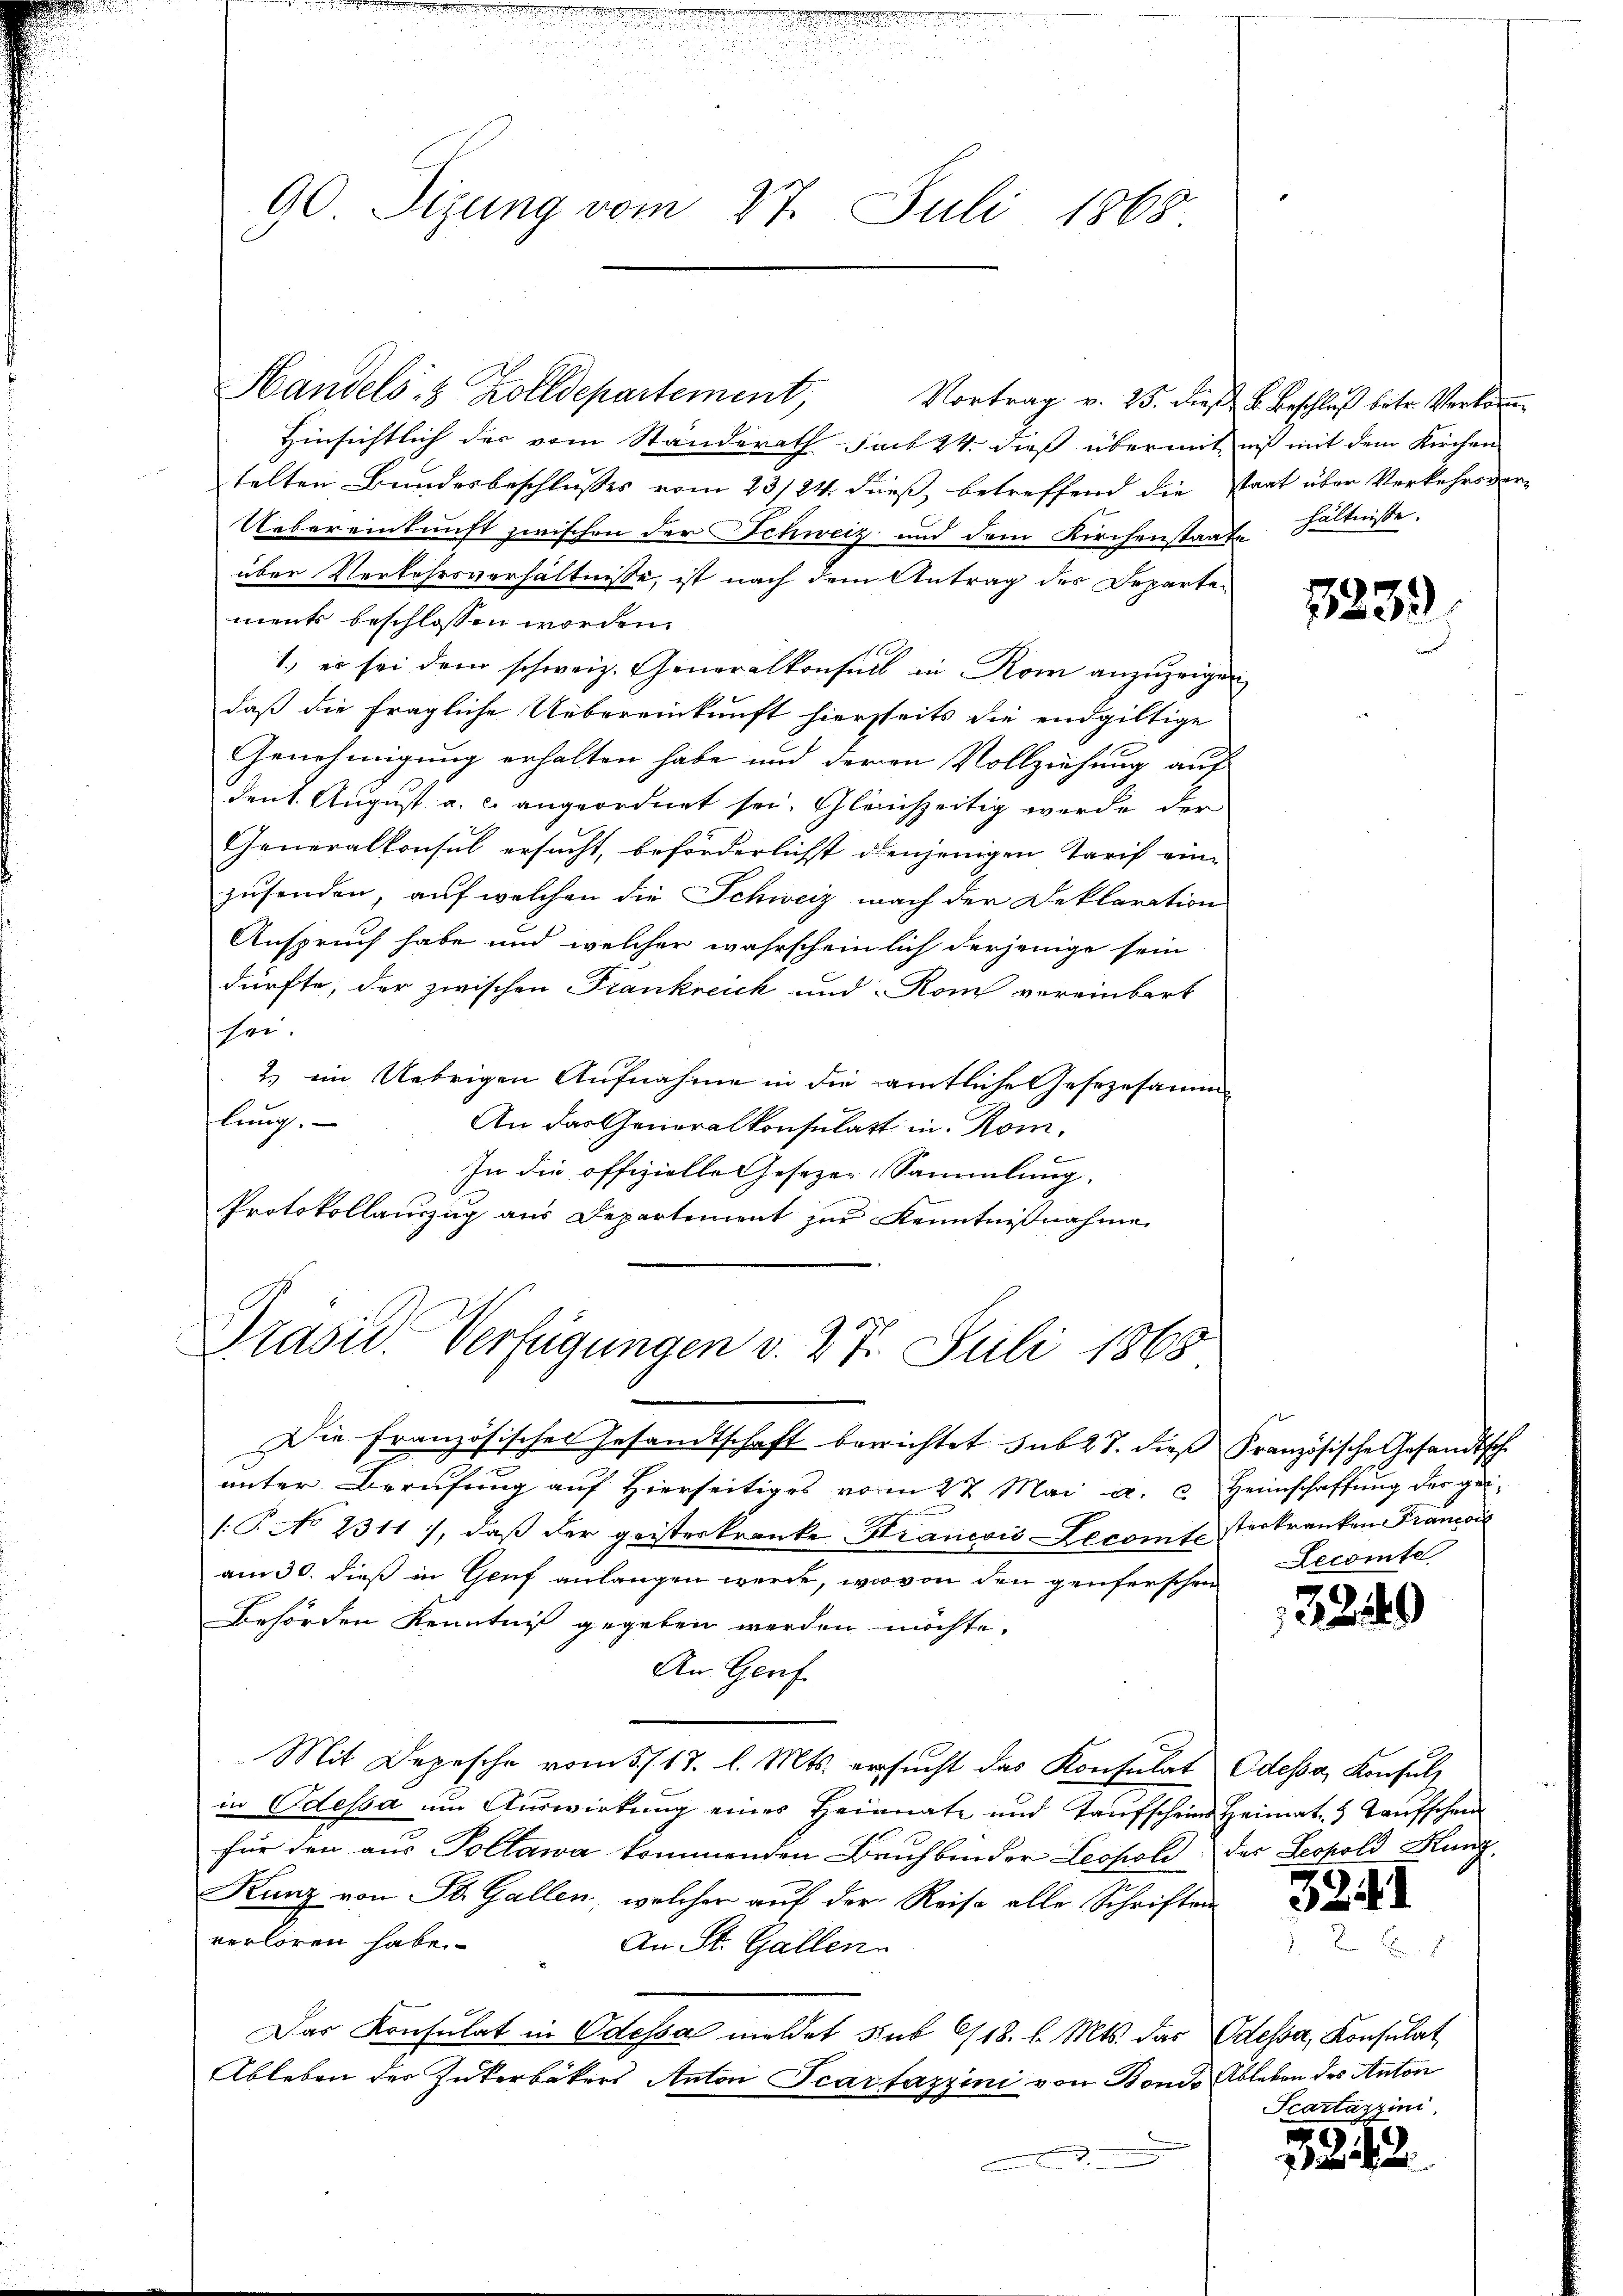
90 Sizung vom 27. Juli 1868

Handels- & Zolldepartement, Vortrag v. 25. dieβ u. Beschlŭβ betr. Verkom-
Hinsichtlich der vom Standerath sub 24. dieß übermitniß mit dem Kirchen
telten Bundesbeschlusses vom 23/24. dieß, betreffend die staat über Verkehrsver-
Uebereinkunft zwischen der Schweiz und dem Kirchenstaate
über Verkehrsverhältnisse, ist nach dem Antrag des Departement beschlossen worden.
1. es sei dem schweiz. Generalkonsul in Rom anzuzeigen
daß die fragliche Uebereinkunft hierseits die endgültige
Genehmigung erhalten habe und deren Vollziehung auf
dent. August a. c. angeordnet sei. Gleichzeitig werde der
Generalkonsul ersucht, beförderlichst denjenigen Tarif eine
zusenden, auf welchen die Schweiz nach der Deklaration
Anspruch habe und welcher wahrscheinlich derjenige sein
dürfte; der zwischen Frankreich und Rom vereinbart
sei.
2.) ein Uebrigen Aufnahme in die amtliche Gesezesamm
lung.
An das Generalkonsulatt in Rom¬
In die offizielle Gesezen Sammlung.
Protokollauszug aus Departement zur Kenntnißnahme

Präsid. Verfügungen v. 27. Juli 1868
w

Die Französisches Gesandtschaft berichtet sub 27. dieß Französische Gesandtsche
unter Berufung auf Hierseitiges vom 27. Mai a. c. Heimschaffung des gei¬
/T. No 2311), daß der geisterkranke Krancois Lecomts Verkranken Francoi
am 30. dieß in Genf anlangen werde, wovon den genferschen
Behörden Kenntniß gegeben werden möchte.
An Genf
Mit Depesche vom 5./17. l. Mts. ersucht das Konsulat Odessa, Konsul
in Odessa um Auswirkung eines Heimate und Taufscheins Heimat 3 Taufschein
für den aus Pollawa kommenden Bauchbinder Leopold des Leopold Hung
Kunz von St. Gallen welcher auf der Reise alle Schriften
verloren habe.
An St. Gallen
Das Konsulat in Odessa meldet sub 618. l. Mts. das Odessa, Konsulat
Ableben der Zukerbäkers Anton Scarfazzini von Bones Ableben des Anton

hältnisse.

2239

Lecomte

3249

3241

Scartazzini

3242